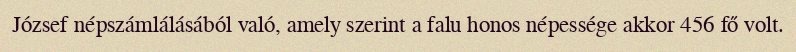
József népszámlálásából való, amely szerint a falu honos népessége akkor 456 fő volt.